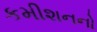
કમીશનનો